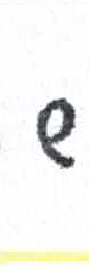
אות: ש